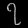
Digit: ၇